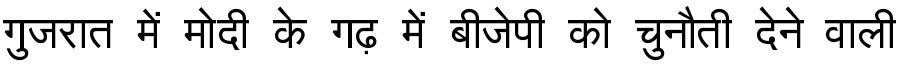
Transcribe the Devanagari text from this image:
गुजरात में मोदी के गढ़ में बीजेपी को चुनौती देने वाली